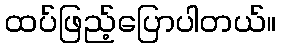
ထပ်ဖြည့်ပြောပါတယ်။